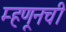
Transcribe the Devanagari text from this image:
म्हणूनची